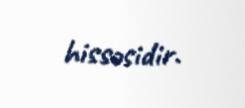
hissəsidir.